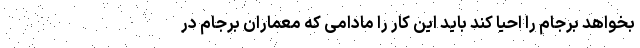
بخواهد برجام را احیا کند باید این کار را مادامی که معماران برجام در